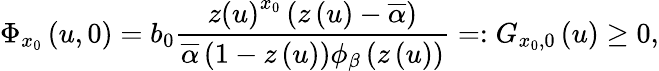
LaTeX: \Phi_{x_{0}}\left(u,0\right)=b_{0}\frac{z\left(u\right)^{x_{0}}\left(z\left(u\right)-\overline{{\alpha}}\right)}{\overline{{\alpha}}\left(1-z\left(u\right)\right)\phi_{\beta}\left(z\left(u\right)\right)}=:G_{x_{0},0}\left(u\right)\geq 0,